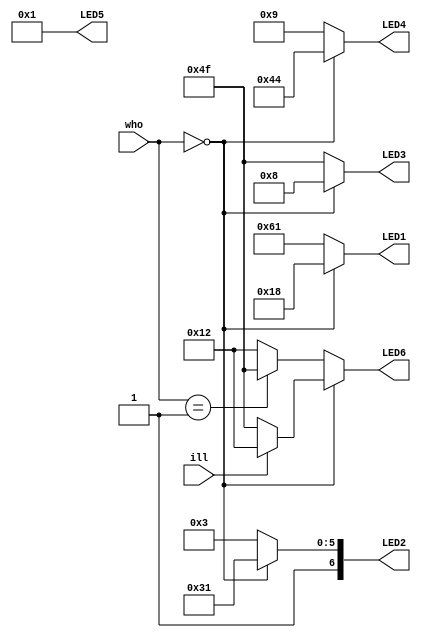
module led_play(ill, who,LED1,LED2,LED3,LED4,LED5,LED6);

input ill;
input[1:0] who;
output reg [6:0]  LED1=0, LED2=0, LED3=0, LED4=0 ,LED5=0 ,LED6 = 0;

always @(ill or who)
begin
	if (who == 2'b00)
	begin
			 LED1 = 7'b0011000; // "P"     
			 LED2 = 7'b1110001; // "L" 
			 LED3 = 7'b0001000; // "A" 
			 LED4 = 7'b1000100; // "Y"
			 LED5 = 7'b0000001; // "0"
			 if (ill == 1'b0) LED6 = 7'b1001111; // "1" 
			  else LED6 = 7'b0010010; // "2" 
	end
	else 
	begin
			 LED1 = 7'b1100001; // "1/2 W"     
			 LED2 = 7'b1000011; // "1/2 W" 
			 LED3 = 7'b1001111; // "I" 
			 LED4 = 7'b0001001; // "N"
			 LED5 = 7'b0000001; // "0"
			 if (who == 2'b01) LED6 = 7'b1001111; // "1" 
			  else LED6 = 7'b0010010; // "2" 		  
	end
end	
endmodule